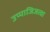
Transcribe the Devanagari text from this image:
उप्पाजिजत्वा